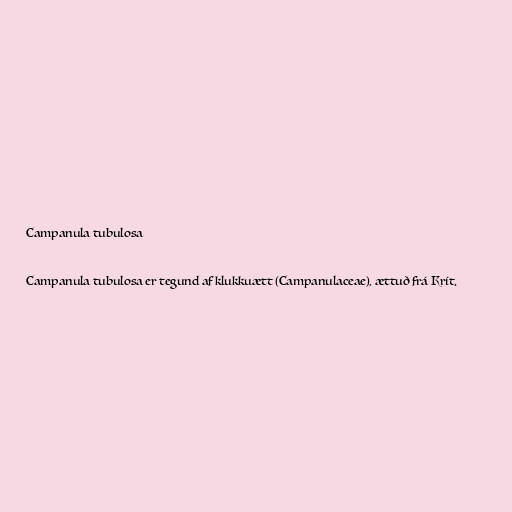
Campanula tubulosa

Campanula tubulosa er tegund af klukkuætt (Campanulaceae), ættuð frá Krít.